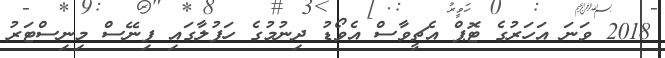
2018 ވަނަ އަހަރުގެ ޓޮޕް އެޗީވާސް އެވޯޑު ދިނުމުގެ ހަފުލާގައި ފިނޭސް މިނިސްޓަރު